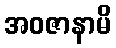
အဝဇာနာမိ